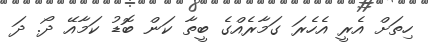
ހިތަށް އެރީ އެހެރަ ގަމާރެއްގެ ބީތާ ކަން ބޮޑު ކަމާއޭ ދޯ. ދަ